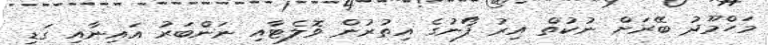
މަހްމޫދު ބޭރަށް ނުކުތް އިރު ފޯނުގެ އިތުރުން ވޮލެޓާއި ނަންބަރު އައިނާއި ގަޑި